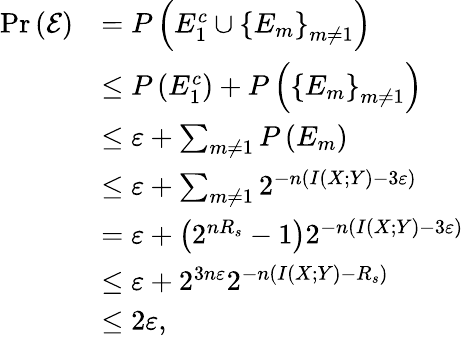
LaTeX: \begin{array}{rl}{{\mathrm{Pr}}\left(\mathcal{E}\right)}&{=P\left({E_{1}^{c}\cup{{\left\{ {{E_{m}}}\right\} }_{m\ne 1}}}\right)}\\ &{\leq P\left({E_{1}^{c}}\right)+P\left({{{\left\{ {{E_{m}}}\right\} }_{m\ne 1}}}\right)}\\ &{\leq\varepsilon+\sum_{m\ne 1}{P\left({{E_{m}}}\right)}}\\ &{\leq\varepsilon+\sum_{m\ne 1}{{2^{-n\left({I\left({X;Y}\right)-3\varepsilon}\right)}}}}\\ &{=\varepsilon+\left({{2^{n{R_{s}}}}-1}\right){2^{-n\left({I\left({X;Y}\right)-3\varepsilon}\right)}}}\\ &{\leq\varepsilon+{2^{3n\varepsilon}}{2^{-n\left({I\left({X;Y}\right)-{R_{s}}}\right)}}}\\ &{\leq 2\varepsilon,}\end{array}